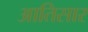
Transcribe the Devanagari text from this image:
आतिसार